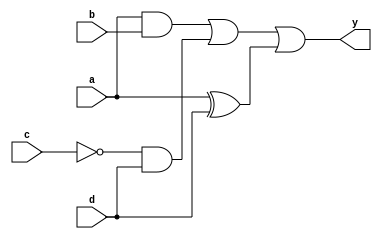
module combinational_logic (
    input wire a,        // Input signal a
    input wire b,        // Input signal b
    input wire c,        // Input signal c
    input wire d,        // Input signal d
    output reg y         // Output signal y
);

always @(*) begin
    // Combinational logic operations
    y = (a & b) | (~c & d) | (a ^ d); // Example logic: (a AND b) OR (NOT c AND d) OR (a XOR d)
end

endmodule